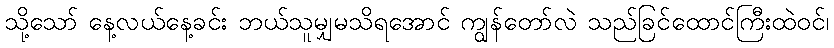
သို့သော် နေ့လယ်နေ့ခင်း ဘယ်သူမျှမသိရအောင် ကျွန်တော်လဲ သည်ခြင်ထောင်ကြီးထဲဝင်၊